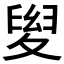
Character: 𡕯